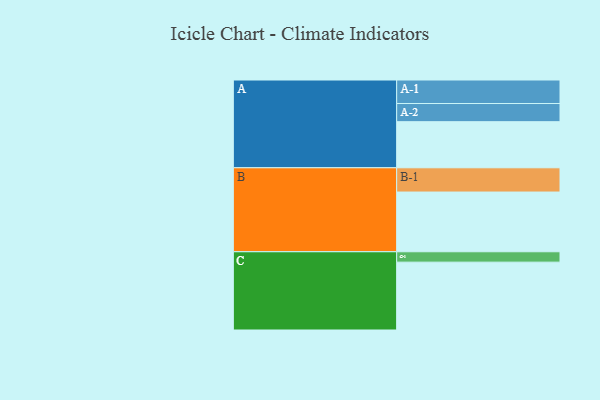
{"axis": {"x": "Segment", "y": "Value"}, "legend": ["", "A", "B", "C"], "data": [{"x": "A", "y": 386, "type": ""}, {"x": "B", "y": 500, "type": ""}, {"x": "C", "y": 568, "type": ""}, {"x": "A-1", "y": 197, "type": "A"}, {"x": "A-2", "y": 152, "type": "A"}, {"x": "B-1", "y": 203, "type": "B"}, {"x": "C-1", "y": 87, "type": "C"}]}